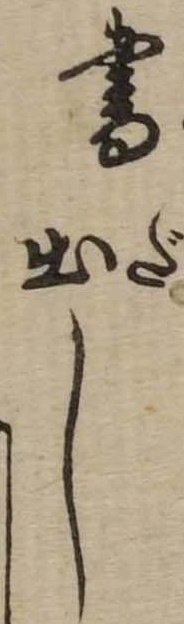
書出し